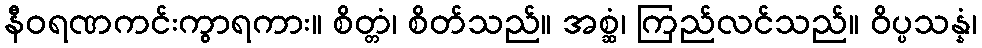
နီဝရဏကင်းကွာရကား။ စိတ္တံ၊ စိတ်သည်။ အစ္ဆံ၊ ကြည်လင်သည်။ ဝိပ္ပသန္နံ၊